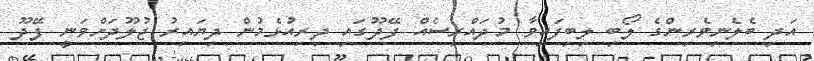
އަދި ބެލެނިވެރިންގެ ލޯބި ލިބިފައިވާ މުދައްރިސެއް ފޭދޫގައި ދިރިއުޅެމުން ދިޔައިރު ޖުލޫދަށްވަނީ ފޭދޫ